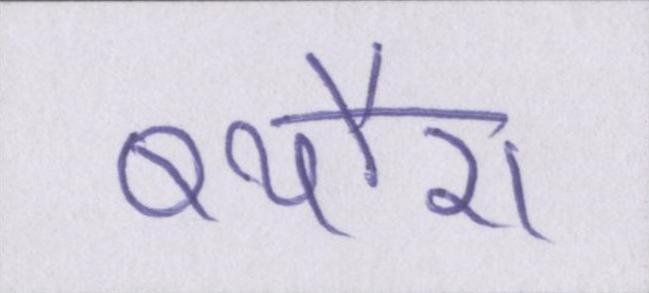
ब्यौरा